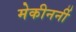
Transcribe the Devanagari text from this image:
मेकीनर्नी